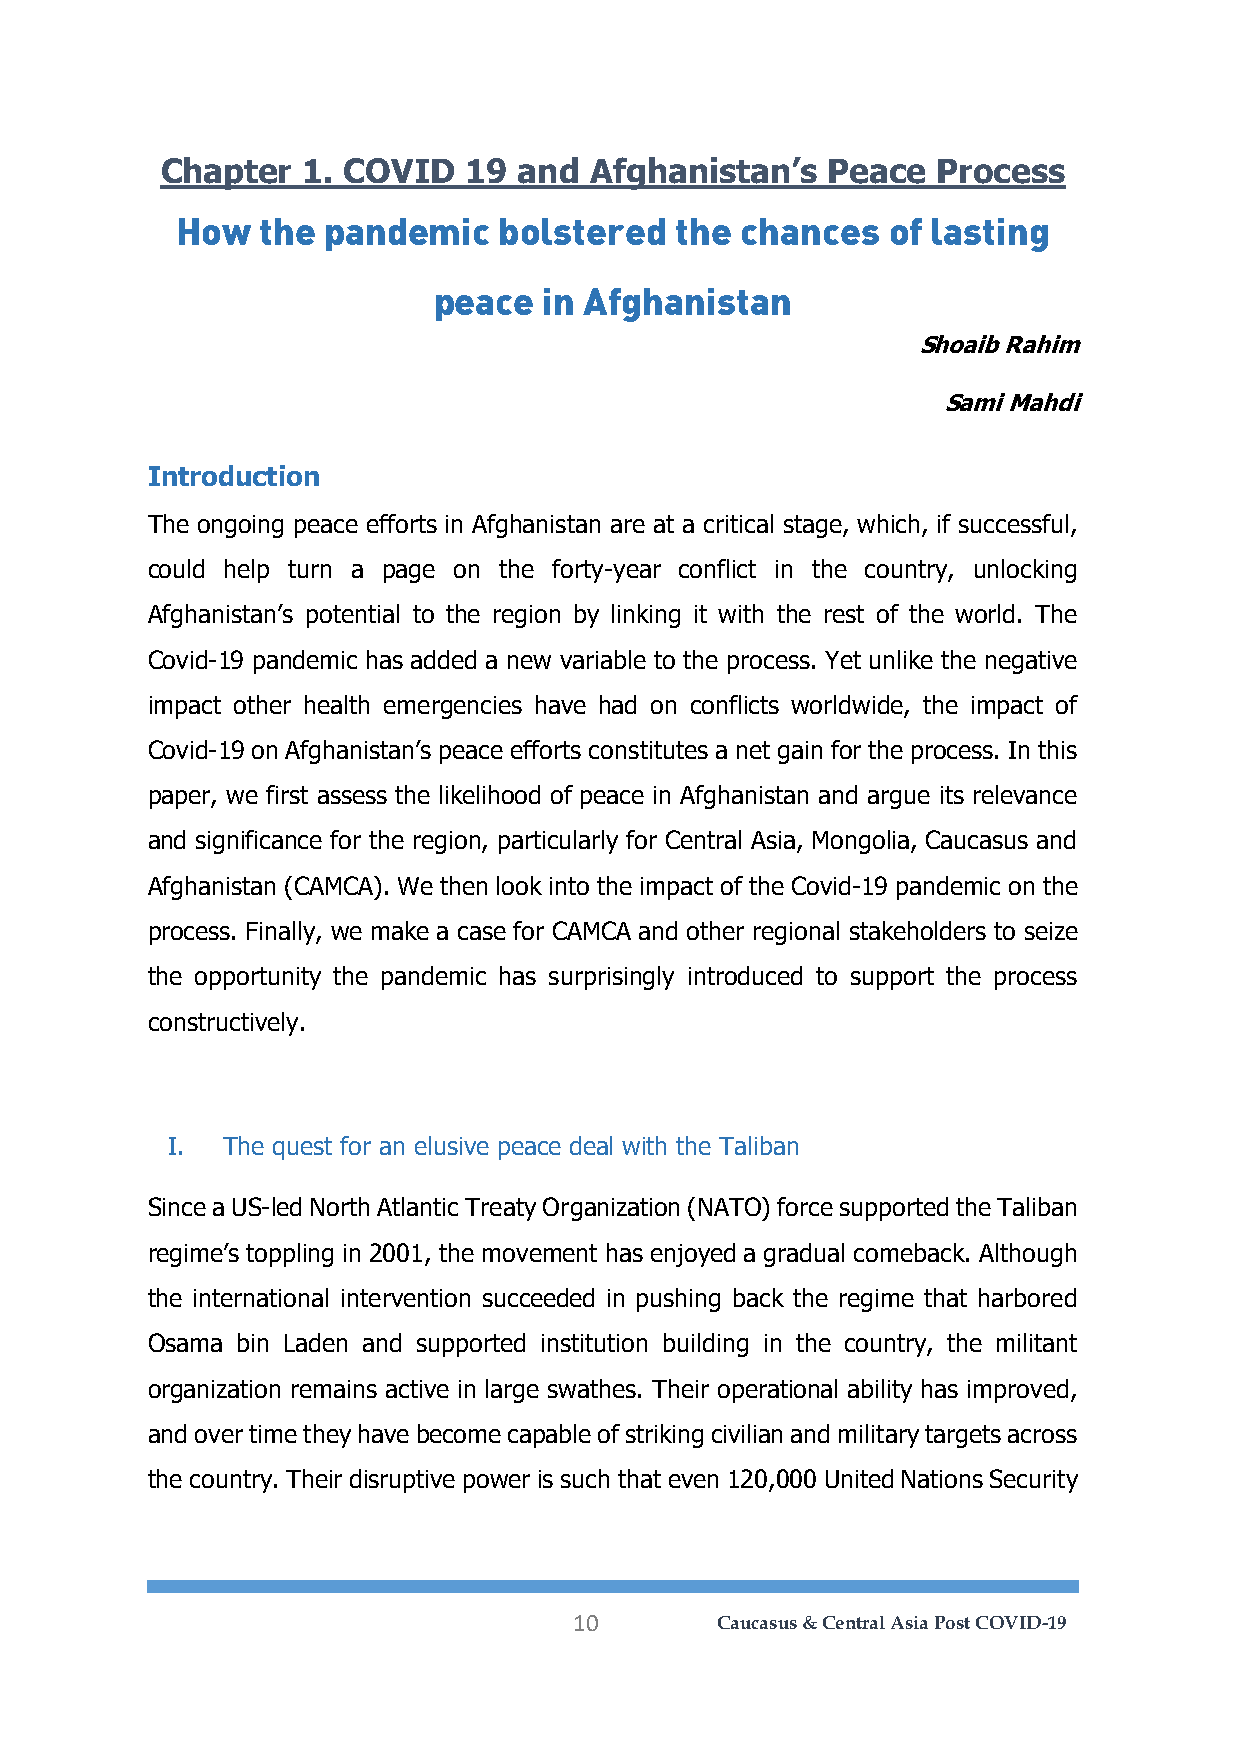
Chapter  1. COVID   19 and  Afghanistan’s   Peace  Process
 How  the pandemic    bolstered   the chances   of lasting
 peace  in Afghanistan
 Shoaib Rahim
 Sami Mahdi
 Introduction
 The ongoing peace efforts in Afghanistan are at a critical stage, which, if successful,
 could help turn a page on the forty-year conflict in the country, unlocking
 Afghanistan’s potential to the region by linking it with the rest of the world. The
 Covid-19 pandemic has added a new variable to the process. Yet unlike the negative
 impact other health emergencies have had on conflicts worldwide, the impact of
 Covid-19 on Afghanistan’s peace efforts constitutes a net gain for the process. In this
 paper, we first assess the likelihood of peace in Afghanistan and argue its relevance
 and significance for the region, particularly for Central Asia, Mongolia, Caucasus and
 Afghanistan (CAMCA). We then look into the impact of the Covid-19 pandemic on the
 process. Finally, we make a case for CAMCA and other regional stakeholders to seize
 the opportunity the pandemic has surprisingly introduced to support the process
 constructively.
 I.  The quest for an elusive peace deal with the Taliban
 Since a US-led North Atlantic Treaty Organization (NATO) force supported the Taliban
 regime’s toppling in 2001, the movement has enjoyed a gradual comeback. Although
 the international intervention succeeded in pushing back the regime that harbored
 Osama bin Laden and supported institution building in the country, the militant
 organization remains active in large swathes. Their operational ability has improved,
 and over time they have become capable of striking civilian and military targets across
 the country. Their disruptive power is such that even 120,000 United Nations Security
 10       Caucasus & Central Asia Post COVID-19